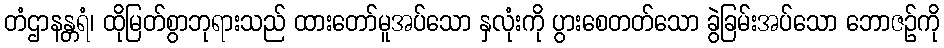
တံဌာနန္တရံ၊ ထိုမြတ်စွာဘုရားသည် ထားတော်မူအပ်သော နှလုံးကို ပွားစေတတ်သော ခွဲခြမ်းအပ်သော ဘောဇဉ်ကို